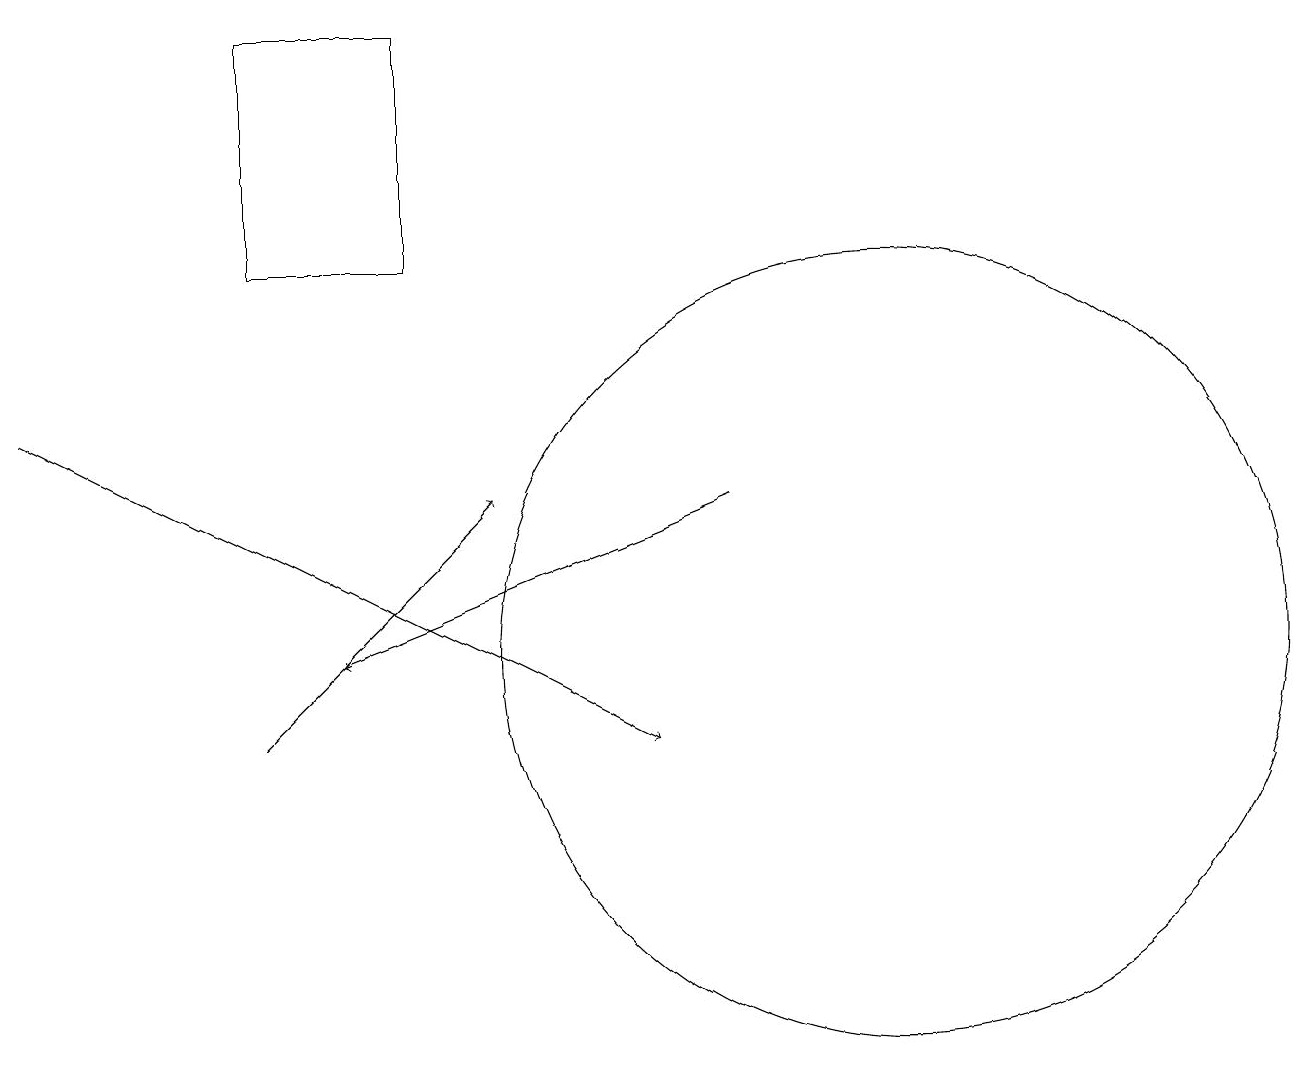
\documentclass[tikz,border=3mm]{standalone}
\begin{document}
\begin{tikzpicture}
\draw[->] (3,10) -- (6,13);
\draw (5,16) rectangle (3,19);
\draw[->] (9,13) -- (4,11);
\draw[->] (0,14) -- (8,10);
\draw (11,11) circle (5);
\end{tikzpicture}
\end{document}